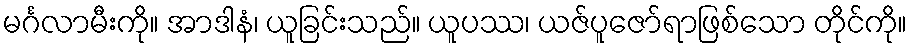
မင်္ဂလာမီးကို။ အာဒါနံ၊ ယူခြင်းသည်။ ယူပဿ၊ ယဇ်ပူဇော်ရာဖြစ်သော တိုင်ကို။